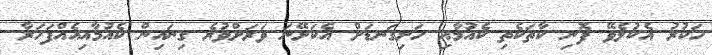
ހަކުރު އެކުލެވޭ ފޮނި ކާތަކެތި ކެއުމާއި ހަށިގަނޑަށް އެކަށޭނަ ވަރަށްވުރެ ގިނައިން ކެއުމާއިއެއްފަހަރާ